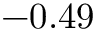
- 0 . 4 9